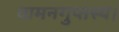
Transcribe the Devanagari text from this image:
वामनगुप्तस्य।